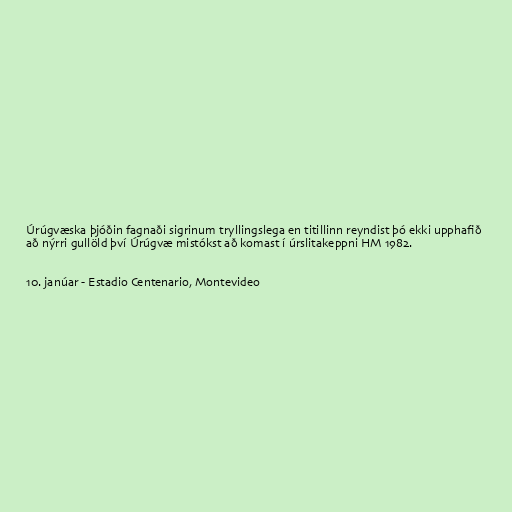
Úrúgvæska þjóðin fagnaði sigrinum tryllingslega en titillinn reyndist þó ekki upphafið
að nýrri gullöld því Úrúgvæ mistókst að komast í úrslitakeppni HM 1982.

10. janúar - Estadio Centenario, Montevideo